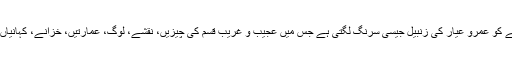
پہلی نظر میں دیکھنے پر یہ دیکھنے والے کو عمرو عیار کی زنبیل جیسی سرنگ لگتی ہے جس میں عجیب و غریب قسم کی چیزیں، نقشے، لوگ، عمارتیں، خزانے، کہانیاں، قصے، اور پتہ نہیں کیا کیا نظر آتا ہے۔